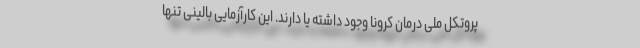
پروتکل ملی درمان کرونا وجود داشته یا دارند. این کارآزمایی بالینی تنها